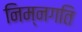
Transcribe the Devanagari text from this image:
निम्नगति